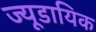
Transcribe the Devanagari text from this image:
ज्यूडायिक